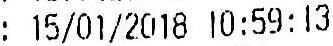
: 15/01/2018 10:59:13